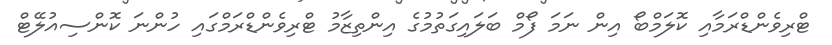
ޓްރިވެންޑްރަމާއި ކޮލަމްބޯ އިން ނަމަ ފޯމް ބަލައިގަތުމުގެ އިންތިޒާމު ޓްރިވެންޑްރަމްގައި ހުންނަ ކޮންސިއުލޭޓް